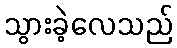
သွားခဲ့လေသည်